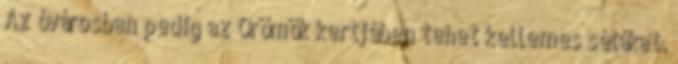
Az óvárosban pedig az Örömök kertjében tehet kellemes sétákat.